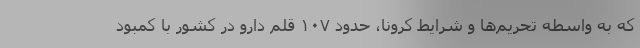
که به واسطه تحریم‌ها و شرایط کرونا، حدود ۱۰۷ قلم دارو در کشور با کمبود